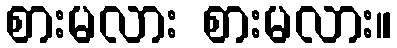
စားမလား စားမလား။